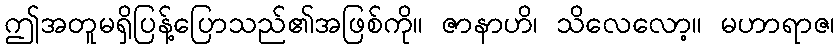
ဤအတူမရှိပြန့်ပြောသည်၏အဖြစ်ကို။ ဇာနာဟိ၊ သိလေလော့။ မဟာရာဇ၊